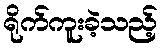
ရိုက်ကူးခဲ့သည့်